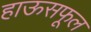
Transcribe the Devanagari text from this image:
हाऊसफूल